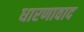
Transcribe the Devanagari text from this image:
धारणावाद